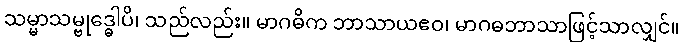
သမ္မာသမ္ဗုဒ္ဓေါပိ၊ သည်လည်း။ မာဂဓိက ဘာသာယဧဝ၊ မာဂဓဘာသာဖြင့်သာလျှင်။